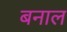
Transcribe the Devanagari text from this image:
बनाल